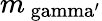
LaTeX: m_{\mathrm{\ gamma^{\prime}}}